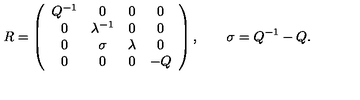
R = \left( \begin{array} { c c c c } { Q ^ { - 1 } } & { 0 } & { 0 } & { 0 } \\ { 0 } & { \lambda ^ { - 1 } } & { 0 } & { 0 } \\ { 0 } & { \sigma } & { \lambda } & { 0 } \\ { 0 } & { 0 } & { 0 } & { - Q } \\ \end{array} \right) , \qquad \sigma = Q ^ { - 1 } - Q .